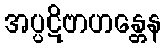
အပ္ပဋိဗာဟန္တေန